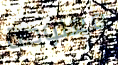
معلومة